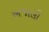
અજાલી